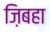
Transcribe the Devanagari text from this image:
ज़िबहा